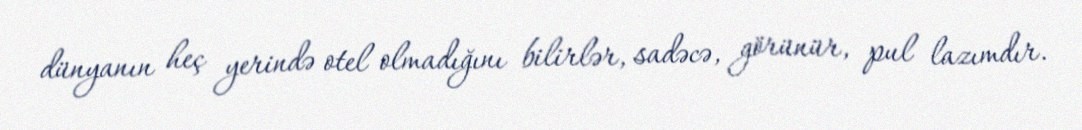
dünyanın heç yerində otel olmadığını bilirlər, sadəcə, görünür, pul lazımdır.